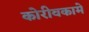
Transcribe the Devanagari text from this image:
कोरीवकामे